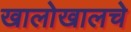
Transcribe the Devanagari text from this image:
खालोखालचे